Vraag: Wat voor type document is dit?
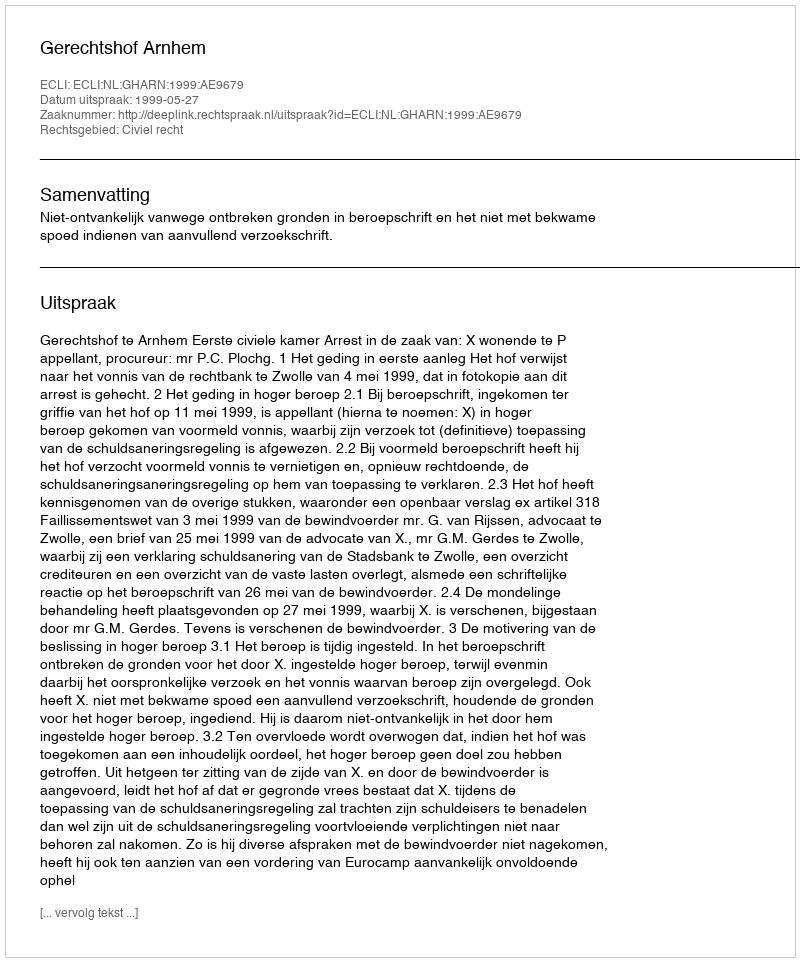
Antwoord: Uitspraak